Report on vaccination in Madras 1904-1921 - 1904-1921
Year: 1904
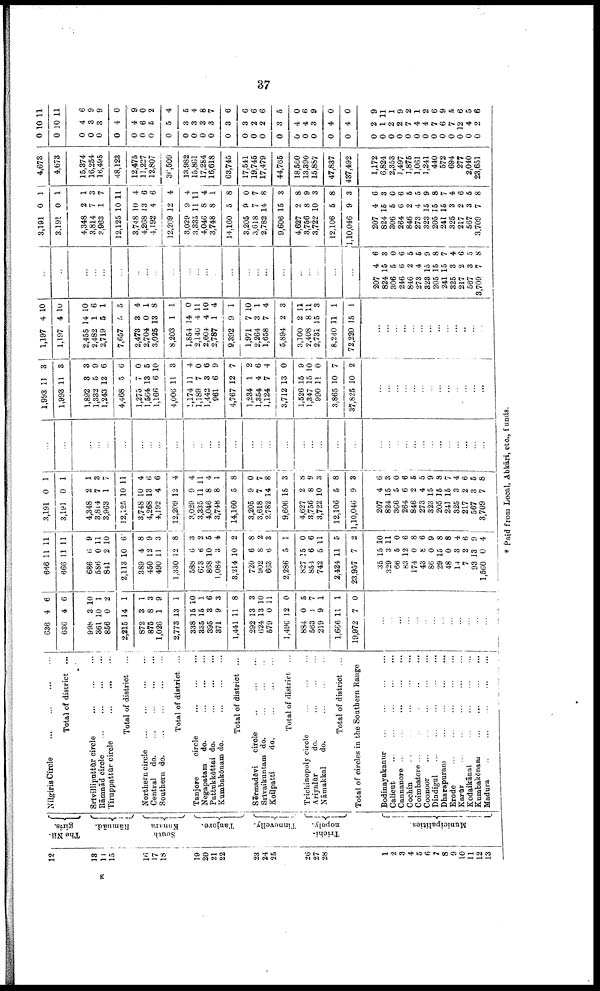
37
12
13
14
15
16
17
18
19
20
21
22
23
24
25
26
27
28
1
2
3
4
5
6
7
8
9
10
11
12
13
The Nil¬
giris.
Rāmnād.
South
Tanjore.
Tinnevelly.
Trichi¬
nopoly.
Municipalities.
Nilgiris Circle
...
...
...
...
Total of district ...
Srīvilliputtūr circle ... ... ...
Rāmnād circle
...
...
...
...
Tiruppattūr circle
...
...
...
Total of district
...
Northern circle
...
...
...
...
Central
do. ... ... ... ...
Southern
do.
...
...
...
...
Total of district ...
Tanjore
circle
...
...
...
Negapatam
do.
...
...
...
Pattukkōttai do.
...
...
...
Kumbakōnam do.
...
...
...
Total of district ...
Sērmadēvi
circle ... ... ...
Srīvaikuntam do. ... ... ...
Koilpatti
do.
...
...
...
Total of district ...
Trichinopoly circle
...
...
...
Ariyalūr
do. ... ... ...
Nāmakkal
do.
...
...
...
Total of district ...
Total of circles in the Southern Range
Bodinayakanur ... ... ... ...
Calicut
...
...
...
...
...
Cannanore
...
...
...
...
...
Cochin ... ... ... ... ...
Coimbatore ...
...
...
...
...
Coonoor
...
...
...
...
...
Dindigul
...
...
...
...
...
Dharapuram
...
...
...
...
Erode
...
...
...
...
...
Karūr
...
...
...
...
...
Kodaikānal
...
...
...
...
Kumbakōnam
...
...
...
...
Madura
...
...
...
...
...
636
636
998
361
856
2,215
872
875
1,026
2,773
338
335
395
371
1,441
292
624
579
1,496
884
563
219
1,666
19,972
4
4
3
10
0
14
3
8
1
13
15
15
3
9
11
13
13
0
12
0
1
9
11
7
6
6
10
1
2
1
1
3
9
1
10
1
6
3
8
3
10
11
0
5
7
1
1
0
...
...
...
...
...
...
...
...
...
...
...
...
...
666
666
686
586
841
2,113
389
450
490
1,330
588
673
868
1,084
3,214
720
902
663
2,286
827
854
742
2,424
23,957
35
329
66
83
174
43
86
29
48
14
7
93
1,560
11
11
6
0
2
10
4
12
11
12
6
6
10
3
10
6
8
6
5
15
6
5
11
7
15
3
5
12
0
8
0
15
0
3
2
13
0
11
11
9
11
10
6
8
9
3
8
3
2
5
4
2
8
2
3
1
0
6
11
5
2
10
11
0
6
8
6
9
8
8
4
6
9
4
3,191
3,191
4,348
3,814
3,963
12,125
3,748
4,268
4,192
12,209
3,029
3,335
4,046
3,748
14,160
3,205
3,618
2,782
9,606
4,627
3,756
3,722
12,106
1,10,046
207
824
366
264
846
273
323
205
241
325
217
567
3,709
0
0
2
7
1
10
10
13
4
12
9
11
8
8
5
9
7
14
15
2
8
10
5
9
4
15
5
6
2
4
15
15
15
3
2
3
7
1
1
1
3
7
11
4
6
6
4
4
11
4
1
8
0
7
8
3
8
9
3
8
3
6
3
0
6
5
5
9
8
7
4
6
5
8
...
...
...
...
...
...
...
...
...
...
...
...
...
...
...
...
...
...
...
...
...
...
...
...
...
...
...
...
...
...
...
...
...
...
...
...
...
1,993
1,998
1,892
1,332
1,243
4,468
1,275
1,564
1,166
4,006
1,174
1,189
1,442
961
4,767
1,234
1,354
1,124
3,712
1,526
1,347
990
3,865
37,825
11
11
3
5
12
5
7
13
6
11
11
7
3
6
12
1
4
7
13
15
15
11
10
10
3
3
3
9
6
6
0
5
10
3
4
0
6
9
7
2
6
4
0
9
10
0
7
2
...
...
...
...
...
...
...
...
...
...
...
...
...
1,197
1,197
2,455
2,482
2,719
7,657
2,473
2,704
3,025
8,203
1,854
2,146
2,604
2,787
9,392
1,971
2,264
1,658
5,894
3,100
2,408
2,731
8,240
72,220
4
4
14
1
5
5
3
0
13
1
14
4
4
1
9
7
3
7
2
2
8
15
11
15
10
10
10
6
1
5
4
1
8
1
0
11
10
4
1
10
1
4
3
11
11
3
1
1
...
...
...
...
...
...
...
...
...
...
...
...
...
...
...
...
...
...
...
...
...
...
...
...
...
...
...
...
...
...
...
...
...
...
...
...
...
207
824
306
246
846
273
323
205
241
325
217
567
8,709
4
15
5
6
2
4
15
15
15
3
2
3
7
6
3
0
6
5
5
9
8
7
4
6
5
8
3,191
3,191
4,348
3,814
3,963
12,125
3,748
4,268
4,192
12,209
3,029
3,335
4,046
3,748
14,160
3,205
3,618
2,782
9,606
4,627
3,756
3,722
12,106
1,10,046
207
824
306
264
846
273
323
205
241
325
217
567
3,709
0
0
2
7
1
10
10
13
4
12
9
11
8
8
5
9
7
14
15
2
8
10
5
9
4
15
5
6
2
4
15
15
15
3
2
3
7
1
1
1
3
7
11
4
6
6
4
4
11
4
1
8
0
7
8
3
8
9
3
8
3
6
3
6
6
5
5
9
8
7
4
6
5
8
4,673
4,673
15,374
16,254
16,495
48,123
12,475
11,227
12,807
36,509
13,982
15,861
17,284
16,618
63,745
17,541
19,745
17,479
44,765
18,560
13,390
15,887
47,837
437,492
1,172
6,824
2,353
1,497
1,875
1,061
1,241
440
572
694
277
2,040
28,651
0
0
0
0
0
0
0
0
0
0
0
0
0
0
0
0
0
0
0
0
0
0
0
0
0
0
0
0
0
0
0
0
0
0
0
0
0
10
10
4
3
3
4
4
6
5
5
3
3
3
3
3
3
2
2
3
4
4
3
4
4
2
1
2
2
7
4
4
7
6
7
12
4
2
11
11
6
9
9
0
9
0
2
4
5
4
8
7
6
6
6
6
5
0
6
9
0
0
9
11
1
9
2
1
2
6
9
5
6
5
6
* Paid from Local, Abkāri, etc., funds.
K